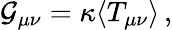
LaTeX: {\cal G}_{\mu\nu}=\kappa\langle T_{\mu\nu}\rangle\, ,